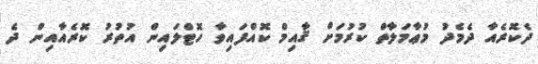
ދެކޮރެއާ ދެމެދު މުޢާމަލާތް ކުރުމަށް ޤާއިމް ކޮއްފައިވާ ހޮޓްލައިން އުތުރު ކޮރެއާއިން ދެ